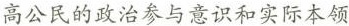
高公民的政治参与意识和实际本领